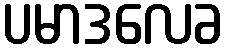
ပမာဒလေခ